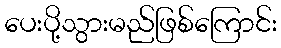
ပေးပို့သွားမည်ဖြစ်ကြောင်း